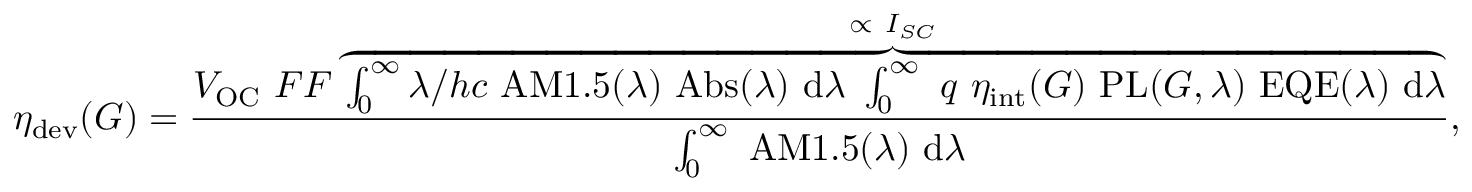
\eta _ { \mathrm { d e v } } ( G ) = \frac { V _ { \mathrm { O C } } \ F F \overbrace { \int _ { 0 } ^ { \infty } \lambda / h c \ \mathrm { A M 1 . 5 } ( \lambda ) \ \mathrm { A b s } ( \lambda ) \ \mathrm { d } \lambda \ \int _ { 0 } ^ { \infty } \ q \ \eta _ { \mathrm { i n t } } ( G ) \ \mathrm { P L } ( G , \lambda ) \ \mathrm { E Q E } ( \lambda ) \ \mathrm { d } \lambda } ^ { \propto \ I _ { S C } } } { \int _ { 0 } ^ { \infty } \ \mathrm { A M 1 . 5 } ( \lambda ) \ \mathrm { d } \lambda } ,